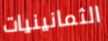
الثمانينيات